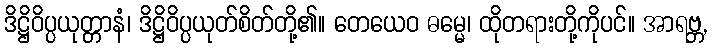
ဒိဋ္ဌိဝိပ္ပယုတ္တာနံ၊ ဒိဋ္ဌိဝိပ္ပယုတ်စိတ်တို့၏။ တေယေဝ ဓမ္မေ၊ ထိုတရားတို့ကိုပင်။ အာရဗ္ဘ,